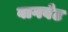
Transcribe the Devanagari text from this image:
वागबेट